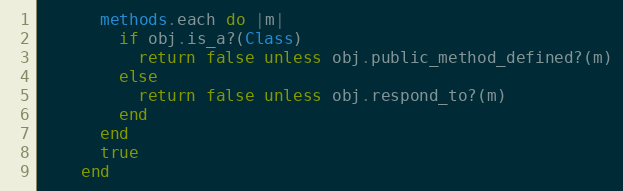
Language: Ruby
      methods.each do |m|
        if obj.is_a?(Class)
          return false unless obj.public_method_defined?(m)
        else
          return false unless obj.respond_to?(m)
        end
      end
      true
    end